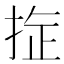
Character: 𪭻